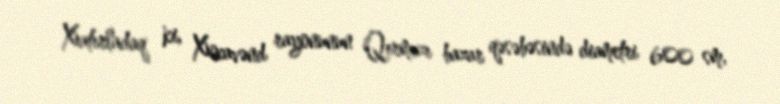
Xatırladaq ki, Xocavənd rayonunun Qırmızı bazar qəsəbəsində diametri 600 sm,